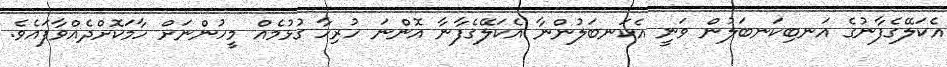
އެކަލޭގެފާނުގެ އަނބިކަނބަލުން ވަނީ އެކަނބަލުންނާ އެކަލޭގެފާނާ އޮންނަ ހުރިހާ ގުޅުމެއް މީހުންނަށް ހާމަކޮށްދެއްވާފައެވެ.